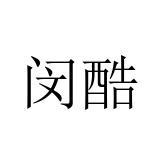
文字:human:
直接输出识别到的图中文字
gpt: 闵酷